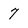
Character: 7